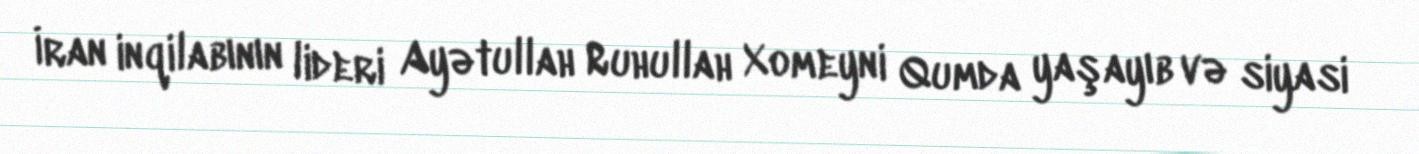
İran inqilabının lideri Ayətullah Ruhullah Xomeyni Qumda yaşayıb və siyasi